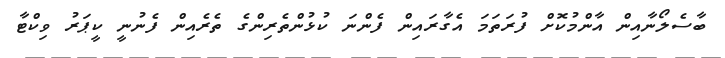
ބާސެލޯނާއިން އާންމުކޮށް ފުރަތަމަ އެގާރައިން ފެންނަ ކުޅުންތެރިންގެ ތެރެއިން ފެނުނީ ކީޕަރު ވިކްޓާ